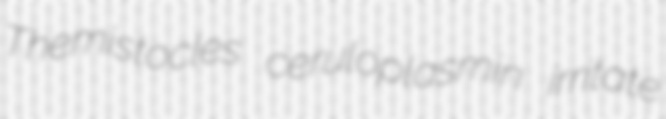
Themistocles ceruloplasmin irritate